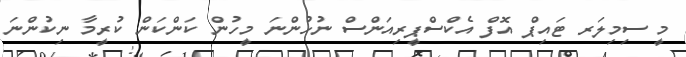
މީ ސިމިލަރ ޓައިޕް އޮފް އެކްސްޕީރިއަންސް ނުހުންނަ މީހުން ކަންކަން ކުރީމާ ނިކުންނަ